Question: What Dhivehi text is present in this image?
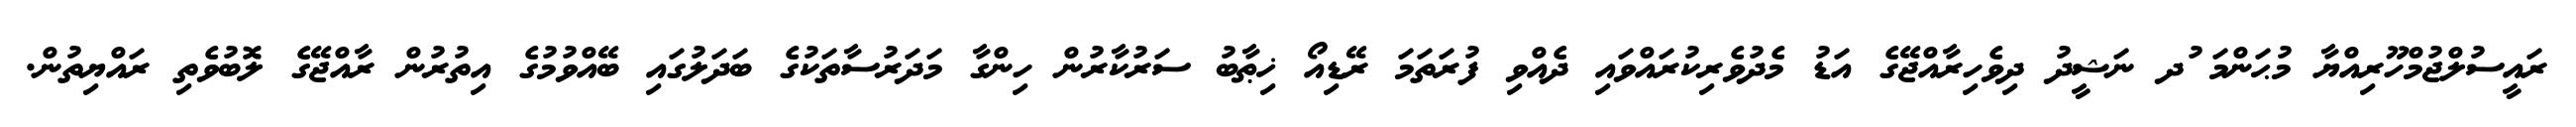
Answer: ރައީސުލްޖުމްހޫރިއްޔާ މުޙަންމަ ުދ ނަޝީދު ދިވެހިރާއްޖޭގެ އަޑު މެދުވެރިކުރައްވައި ދެއްވި ފުރަތަމަ ރޭޑިއޯ ޚިޠާބު ސަރުކާރުން ހިންގާ މަދަރުސާތަކުގެ ބަދަލުގައި ބޭއްވުމުގެ އިތުރުން ރާއްޖޭގެ ލޮބުވެތި ރައްޔިތުން.